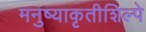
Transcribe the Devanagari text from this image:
मनुष्याकृतीशिल्पे